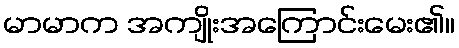
မာမာက အကျိုးအကြောင်းမေး၏။